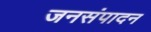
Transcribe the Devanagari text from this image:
जनसंपादन